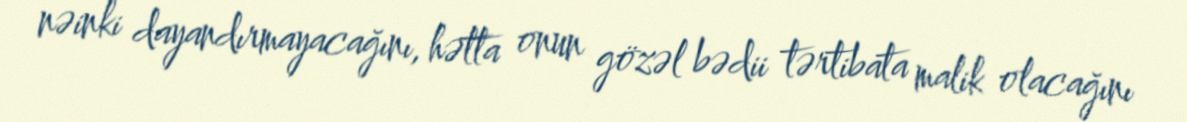
nəinki dayandırmayacağını, hətta onun gözəl bədii tərtibata malik olacağını